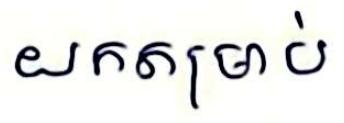
យកតម្រាប់